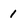
Character: 1